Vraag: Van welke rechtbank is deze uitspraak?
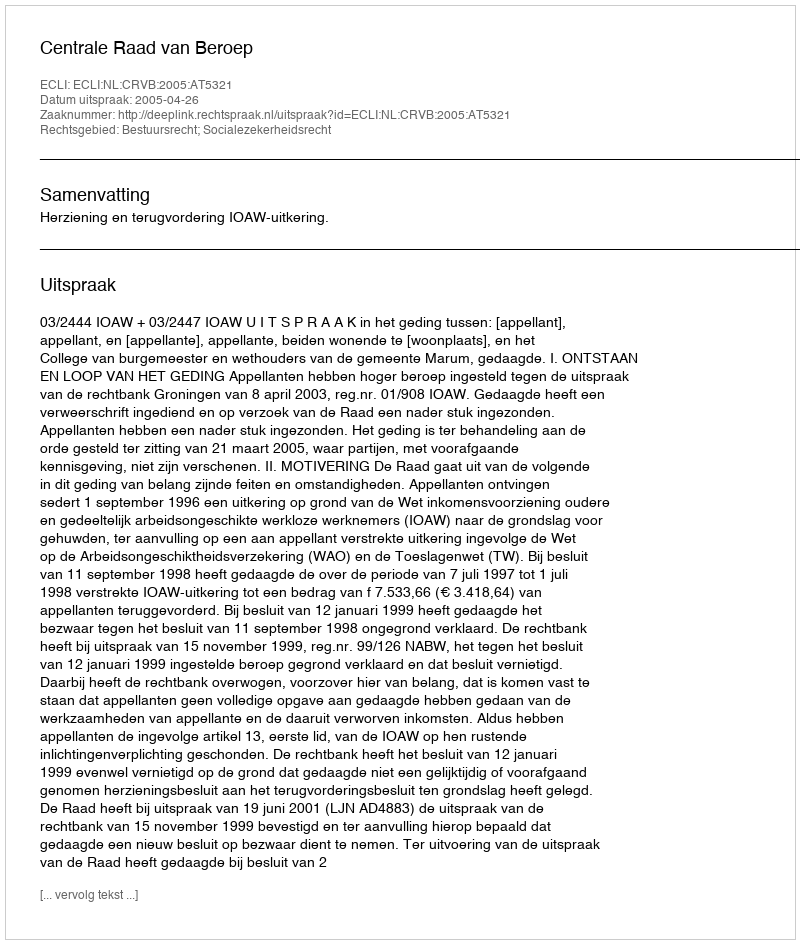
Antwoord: Centrale Raad van Beroep